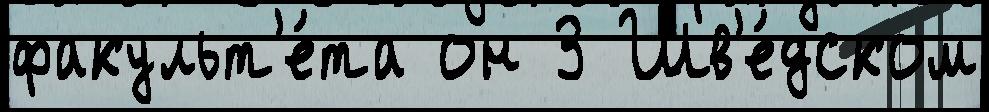
факульт'е́та он 3 Шв'е́дском